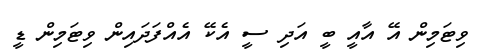
ވިޓަމިން އޭ އާއީ ބީ އަދި ސީ އެކޭ އެއްފަދައިން ވިޓަމިން ޑީ